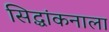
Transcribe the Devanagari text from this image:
सिद्धांकनाला